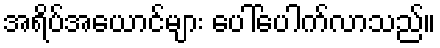
အရိပ်အယောင်များ ပေါ်ပေါက်လာသည်။